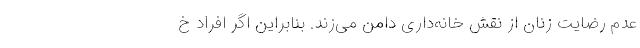
عدم رضایت زنان از نقش خانه‌داری دامن می‌زند. بنابراین اگر افراد خ